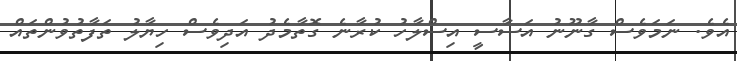
އެވެ. ނަމަވެސް ގާނޫނު އަސާސީ އިސްލާހު ކުރާނެ ގޮތާމެދު އަދިވެސް ހިޔާލު ތަފާތުވުންތައް